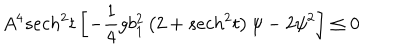
LaTeX: A ^ { 4 } s e c h ^ { 2 } t \left[ - \frac { 1 } { 4 } g b _ { 1 } ^ { 2 } \left( 2 + s e c h ^ { 2 } t \right) \psi - 2 \psi ^ { 2 } \right] \le 0